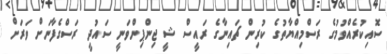
ސޮއިކުރެއްވުމުގެ ރަސްމިއްޔާތުގެ ކުރިން ޗައިނާގެ ރައީސް ޝީ ޖިންޕިންވަނީ ސައުދީ ރަސްގެފާނަށް ވަރަށް